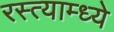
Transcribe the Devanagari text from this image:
रस्त्याम्ध्ये